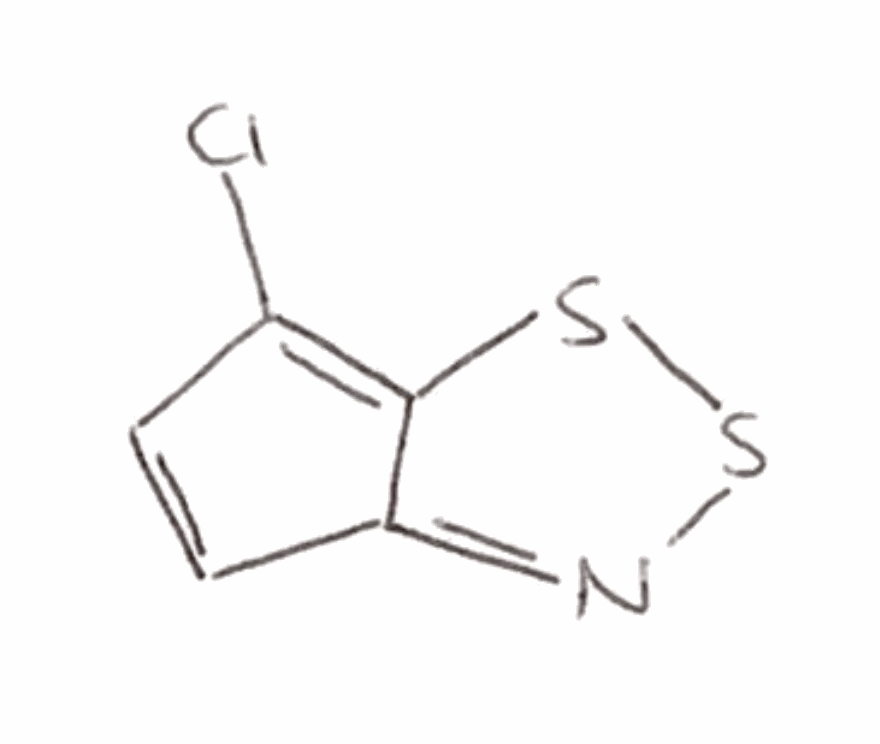
Simplified molecular-input line-entry system (SMILES) notation of the given molecule:
C1=CC2=NSSC2=C1Cl